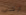
اركبي